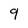
Character: 9